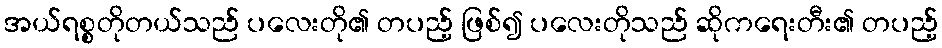
အယ်ရစ္စတိုတယ်သည် ပလေးတို၏ တပည့် ဖြစ်၍ ပလေးတိုသည် ဆိုကရေးတီး၏ တပည့်